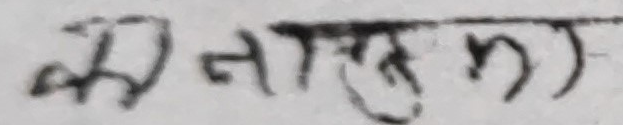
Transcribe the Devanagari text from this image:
झालर))